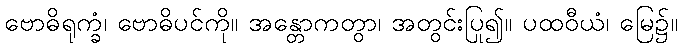
ဗောဓိရုက္ခံ၊ ဗောဓိပင်ကို။ အန္တောကတွာ၊ အတွင်းပြု၍။ ပထဝီယံ၊ မြေ၌။